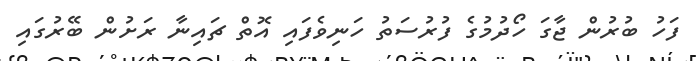
ފަހު ބުރުން ޖާގަ ހޯދުމުގެ ފުރުސަތު ހަނިވެފައި އޮތް ޗައިނާ ރަށުން ބޭރުގައި